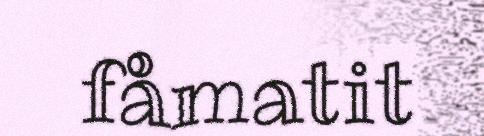
fåmatit